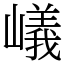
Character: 嶬